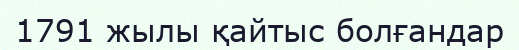
1791 жылы қайтыс болғандар